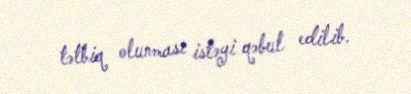
tətbiq olunması istəyi qəbul edilib.